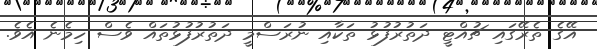
އޭގެ ތެރޭގައި ޗުއްޓީ ދަތުރުފުޅު ތަކާއި ނުރަސްމީ ދަތުރުފުޅުތައް ވެސް ހިމެނެ އެވެ.